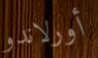
أورلاندو